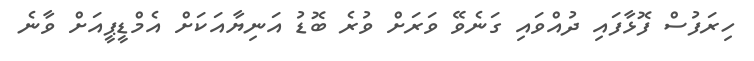
ހިރަފުސް ފޮޅާފައި ދުއްވައި ގަނެވޭ ވަރަށް ވުރެ ބޮޑު އަނިޔާއަކަށް އެެމްޑީޕީއަށް ވާނެ